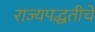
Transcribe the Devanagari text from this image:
राज्यपद्धतीचे